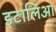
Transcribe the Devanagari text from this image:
इटालिआ